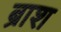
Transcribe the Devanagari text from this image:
ब्राश